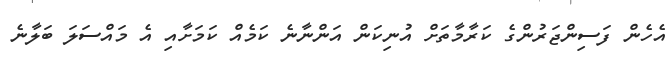
އެހެން ފަސިންޖަރުންގެ ކަރާމާތަށް އުނިކަން އަންނާނެ ކަމެއް ކަމަށާއި އެ މައްސަލަ ބަލާނެ